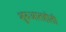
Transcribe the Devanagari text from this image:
शुरुआतहोती